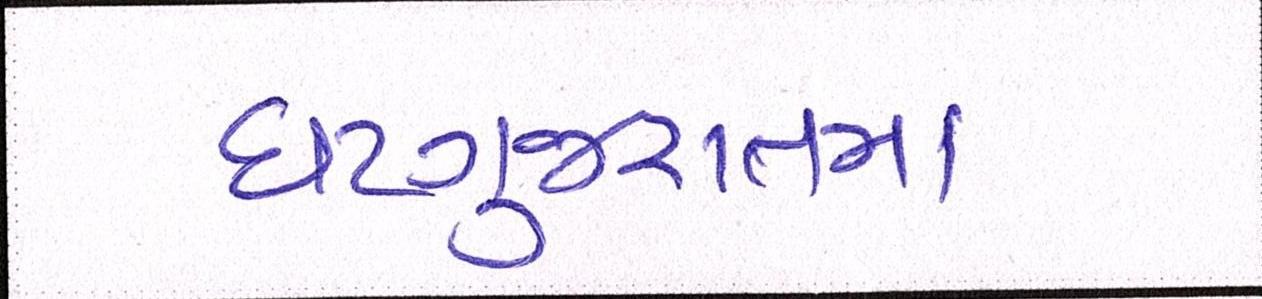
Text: ઘટગુજરાતમાં